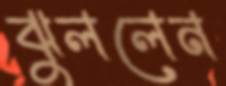
ঝুললেন